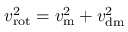
v _ { \mathrm { r o t } } ^ { 2 } = v _ { \mathrm { m } } ^ { 2 } + v _ { \mathrm { d m } } ^ { 2 }